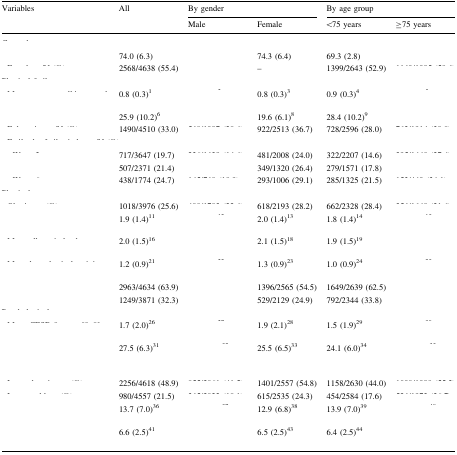
<table><thead><tr><td rowspan="2"><b>Variables</b></td><td rowspan="2"><b>All</b></td><td colspan="2"><b>By gender</b></td><td colspan="2"><b>By age group</b></td></tr><tr><td><b>Male</b></td><td><b>Female</b></td><td><b>&lt;75 years</b></td><td><b>≥75 years</b></td></tr></thead><tbody><tr><td colspan="6">[EMPTY_CELL]</td></tr><tr><td>[EMPTY_CELL]</td><td>74.0 (6.3)</td><td>[EMPTY_CELL]</td><td>74.3 (6.4)</td><td>69.3 (2.8)</td><td>[EMPTY_CELL]</td></tr><tr><td>[EMPTY_CELL]</td><td>2568/4638 (55.4)</td><td>[EMPTY_CELL]</td><td>–</td><td>1399/2643 (52.9)</td><td>[EMPTY_CELL]</td></tr><tr><td colspan="6">[EMPTY_CELL]</td></tr><tr><td>[EMPTY_CELL]</td><td>0.8 (0.3)<sup>1</sup></td><td>[EMPTY_CELL]</td><td>0.8 (0.3)<sup>3</sup></td><td>0.9 (0.3)<sup>4</sup></td><td>[EMPTY_CELL]</td></tr><tr><td>[EMPTY_CELL]</td><td>25.9 (10.2)<sup>6</sup></td><td>[EMPTY_CELL]</td><td>19.6 (6.1)<sup>8</sup></td><td>28.4 (10.2)<sup>9</sup></td><td>[EMPTY_CELL]</td></tr><tr><td>[EMPTY_CELL]</td><td>1490/4510 (33.0)</td><td>[EMPTY_CELL]</td><td>922/2513 (36.7)</td><td>728/2596 (28.0)</td><td>[EMPTY_CELL]</td></tr><tr><td colspan="6">[EMPTY_CELL]</td></tr><tr><td>[EMPTY_CELL]</td><td>717/3647 (19.7)</td><td>[EMPTY_CELL]</td><td>481/2008 (24.0)</td><td>322/2207 (14.6)</td><td>[EMPTY_CELL]</td></tr><tr><td>[EMPTY_CELL]</td><td>507/2371 (21.4)</td><td>[EMPTY_CELL]</td><td>349/1320 (26.4)</td><td>279/1571 (17.8)</td><td>[EMPTY_CELL]</td></tr><tr><td>[EMPTY_CELL]</td><td>438/1774 (24.7)</td><td>[EMPTY_CELL]</td><td>293/1006 (29.1)</td><td>285/1325 (21.5)</td><td>[EMPTY_CELL]</td></tr><tr><td colspan="6">[EMPTY_CELL]</td></tr><tr><td>[EMPTY_CELL]</td><td>1018/3976 (25.6)</td><td>[EMPTY_CELL]</td><td>618/2193 (28.2)</td><td>662/2328 (28.4)</td><td>[EMPTY_CELL]</td></tr><tr><td>[EMPTY_CELL]</td><td>1.9 (1.4)<sup>11</sup></td><td>[EMPTY_CELL]</td><td>2.0 (1.4)<sup>13</sup></td><td>1.8 (1.4)<sup>14</sup></td><td>[EMPTY_CELL]</td></tr><tr><td>[EMPTY_CELL]</td><td>2.0 (1.5)<sup>16</sup></td><td>[EMPTY_CELL]</td><td>2.1 (1.5)<sup>18</sup></td><td>1.9 (1.5)<sup>19</sup></td><td>[EMPTY_CELL]</td></tr><tr><td>[EMPTY_CELL]</td><td>1.2 (0.9)<sup>21</sup></td><td>[EMPTY_CELL]</td><td>1.3 (0.9)<sup>23</sup></td><td>1.0 (0.9)<sup>24</sup></td><td>[EMPTY_CELL]</td></tr><tr><td>[EMPTY_CELL]</td><td>2963/4634 (63.9)</td><td>[EMPTY_CELL]</td><td>1396/2565 (54.5)</td><td>1649/2639 (62.5)</td><td>[EMPTY_CELL]</td></tr><tr><td>[EMPTY_CELL]</td><td>1249/3871 (32.3)</td><td>[EMPTY_CELL]</td><td>529/2129 (24.9)</td><td>792/2344 (33.8)</td><td>[EMPTY_CELL]</td></tr><tr><td colspan="6">[EMPTY_CELL]</td></tr><tr><td>[EMPTY_CELL]</td><td>1.7 (2.0)<sup>26</sup></td><td>[EMPTY_CELL]</td><td>1.9 (2.1)<sup>28</sup></td><td>1.5 (1.9)<sup>29</sup></td><td>[EMPTY_CELL]</td></tr><tr><td>[EMPTY_CELL]</td><td>27.5 (6.3)<sup>31</sup></td><td>[EMPTY_CELL]</td><td>25.5 (6.5)<sup>33</sup></td><td>24.1 (6.0)<sup>34</sup></td><td>[EMPTY_CELL]</td></tr><tr><td colspan="6">[EMPTY_CELL]</td></tr><tr><td>[EMPTY_CELL]</td><td>2256/4618 (48.9)</td><td>[EMPTY_CELL]</td><td>1401/2557 (54.8)</td><td>1158/2630 (44.0)</td><td>[EMPTY_CELL]</td></tr><tr><td>[EMPTY_CELL]</td><td>980/4557 (21.5)</td><td>[EMPTY_CELL]</td><td>615/2535 (24.3)</td><td>454/2584 (17.6)</td><td>[EMPTY_CELL]</td></tr><tr><td>[EMPTY_CELL]</td><td>13.7 (7.0)<sup>36</sup></td><td>[EMPTY_CELL]</td><td>12.9 (6.8)<sup>38</sup></td><td>13.9 (7.0)<sup>39</sup></td><td>[EMPTY_CELL]</td></tr><tr><td>[EMPTY_CELL]</td><td>6.6 (2.5)<sup>41</sup></td><td>[EMPTY_CELL]</td><td>6.5 (2.5)<sup>43</sup></td><td>6.4 (2.5)<sup>44</sup></td><td>[EMPTY_CELL]</td></tr></tbody></table>